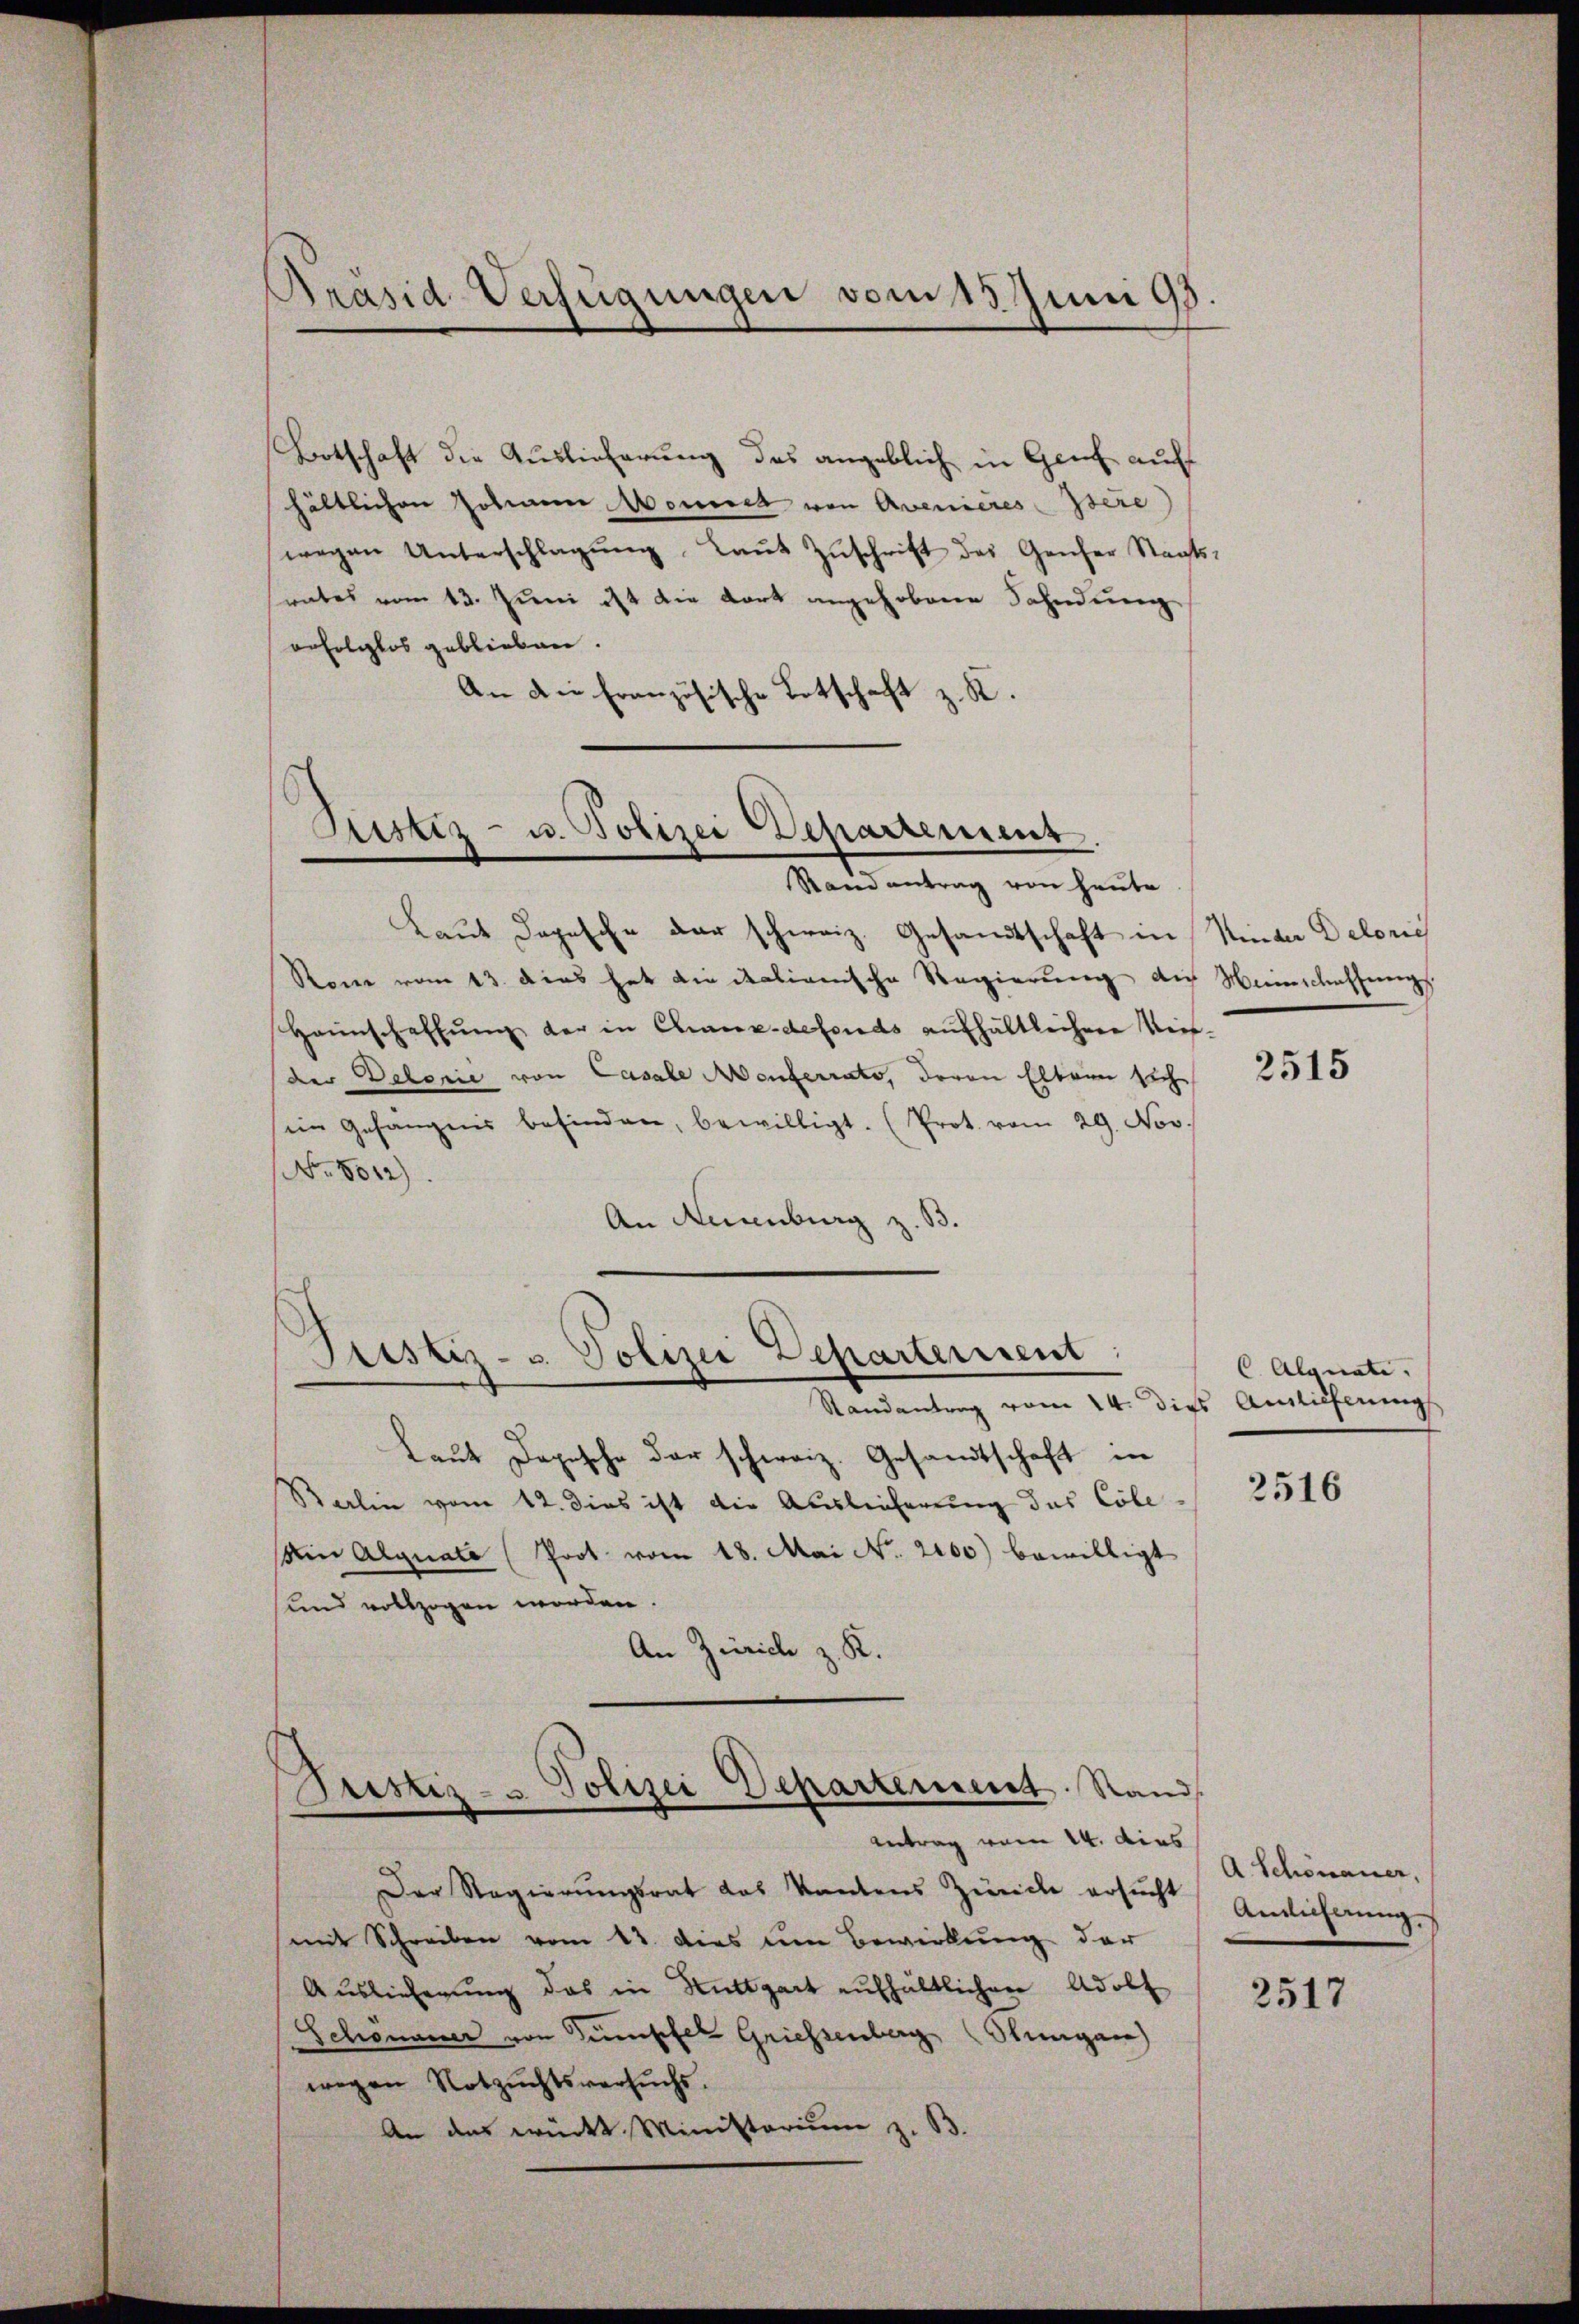
Präsid-Verfügungen vom 15. Juni 98

Bootschaft die Auslieferung des angeblich in Genf auf
hältlichen Johann Momen von Avenieres Isere
wegen Unterschlagŭng Laŭt Zŭschrift des Genfer Staats-
srates vom 13. Juni ist die dort angehobene Fahndung
enfolglos geblieben.
An die Französische Botschaft z. K.

Laut Depesche der schweiz. Gesandtschaft in Hinder Deloric
Rone vom 13. dies hat die italienische Regierung die Weinschaffungs
Haunschaffŭng der in Chaux-defonds aufhältlicher Weis-
(der Detlonie von Casale Monterrato, deren Eltern sich
im Gefängnis befinden, bewilligt. (Prot. vom 29. Nov.
No. 5012).
An Runnburg z. B.

Justiz- u. Polizei Departement.
Stand antrag von heute

Ptistiz- u. Polizei Departerrent

Randantrag vom 14. dies Auslieferung
Laut Depesche der schweiz. Gesandtschaft in
Barlin vom 12. dies ist die Ausleicherung das Cole
sin Alguate (Prot. vom 18. Mai No. 2100) bewilligt
und vollzogen worden.
An Zürich z. K.
Der Regierungsrat das Kantons Zürich ersucht
mit Schreiben vom 13. dies um Bewirkung der
Auslieferung das in Stuttgart aufhältlichen Adolf
Schönauer von Sumpfel Griessenberg Stungen)
wegen Notzuchtsversuchs.
An das würkt. Ministerium z. B.

Fristiz- & Polizei Departement. Stand
Antrag vom 14. dies

2515

C Algeati.

2516

A. Schönauer,
Ansichtung.

2517